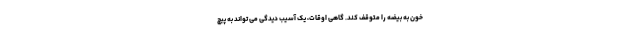
خون به بیضه را متوقف کند. گاهی اوقات، یک آسیب دیدگی می تواند به پیچ